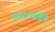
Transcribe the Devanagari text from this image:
साराभाईचे